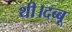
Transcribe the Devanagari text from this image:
थी।दब्बू